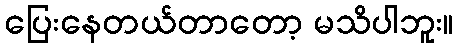
ပြေးနေတယ်တာတော့ မသိပါဘူး။